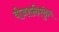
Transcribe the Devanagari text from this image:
बीजशक्तीमुळेच